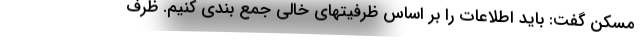
مسکن گفت: باید اطلاعات را بر اساس ظرفیتهای خالی جمع بندی کنیم. ظرف